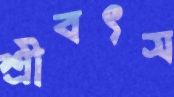
শ্রীবৎস